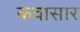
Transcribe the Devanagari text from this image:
कवासार